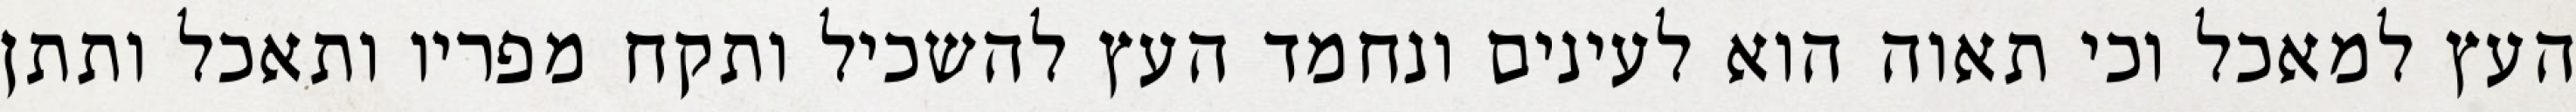
העץ למאכל וכי תאוה הוא לעינים ונחמד העץ להשכיל ותקח מפריו ותאכל ותתן